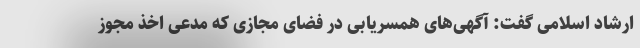
ارشاد اسلامی گفت: آگهی‌های همسریابی در فضای مجازی که مدعی اخذ مجوز